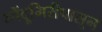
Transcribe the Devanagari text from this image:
भोंदूगिरीपासून